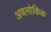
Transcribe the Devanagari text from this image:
अवलोकिक